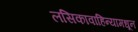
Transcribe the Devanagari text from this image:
लसिकावाहिन्यामधून